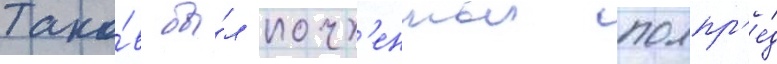
Тако́в бы́л почт'енныи полпр'е́д